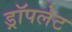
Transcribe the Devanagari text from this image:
ड्रॉपलेट